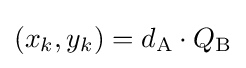
(x_{k},y_{k})=d_{\text{A}}\cdot Q_{\text{B}}